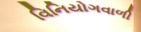
વિનિયોગવાળી